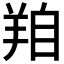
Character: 𦍾